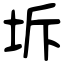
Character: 坼